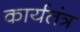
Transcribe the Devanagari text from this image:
कार्यतंत्र